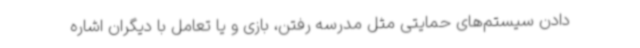
دادن سیستم‌های حمایتی مثل مدرسه رفتن، بازی و یا تعامل با دیگران اشاره